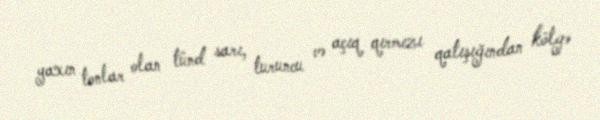
yaxın tonlar olan tünd sarı, turuncu və açıq qırmızı qatışığından kölgə